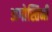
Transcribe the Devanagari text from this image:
अगोस्तिनी